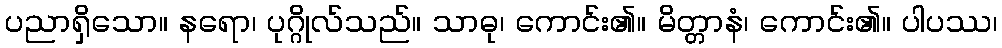
ပညာရှိသော။ နရော၊ ပုဂ္ဂိုလ်သည်။ သာဓု၊ ကောင်း၏။ မိတ္တာနံ၊ ကောင်း၏။ ပါပဿ၊